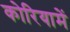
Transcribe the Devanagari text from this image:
कोरियामें